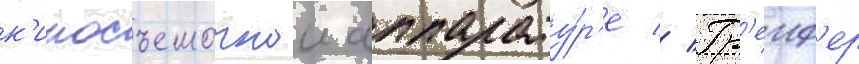
к'иносъемочнои аппарату́р'е // Гр'еиф'ер